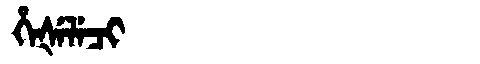
Manchu: ᡥᡝᡧᡝᠯᡝᠴᡳ
Romanization: HEŠELECI